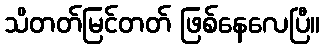
သိတတ်မြင်တတ် ဖြစ်နေလေပြီ။